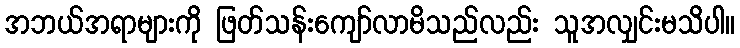
အဘယ်အရာများကို ဖြတ်သန်းကျော်လာမိသည်လည်း သူအလျှင်းမသိပါ။